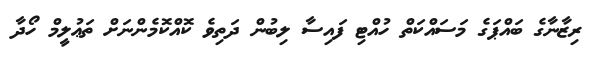
ރިޒާނާގެ ބައްޕަގެ މަސައްކަތް ހުއްޓި ފައިސާ ލިބުން ދަތިވެ ކޮއްކޮމެންނަށް ތަޢުލީމް ހޯދާ